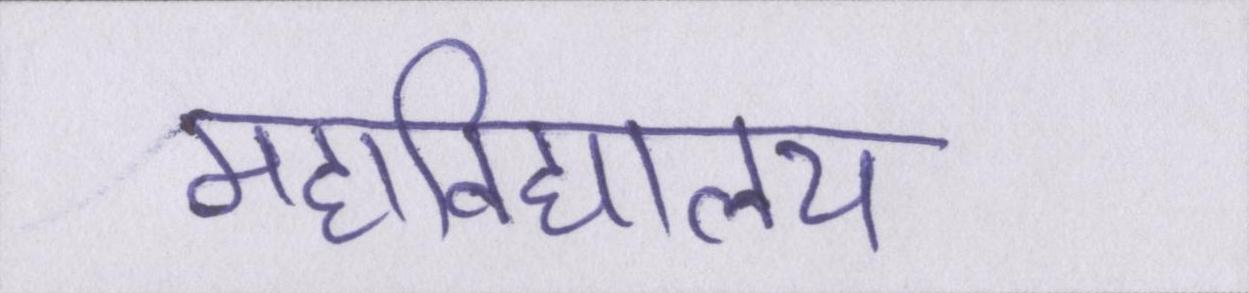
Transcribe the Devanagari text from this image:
महाविद्यालय